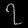
Digit: ၇